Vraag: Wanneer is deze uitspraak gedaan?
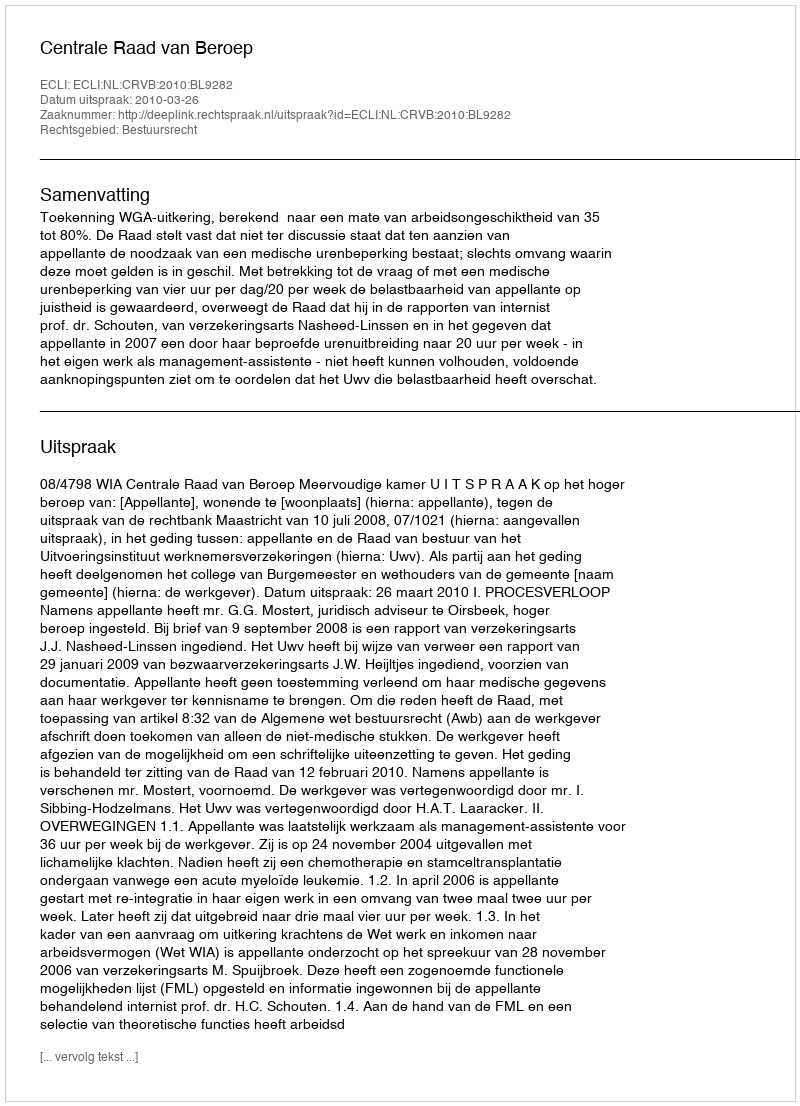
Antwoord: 2010-03-26